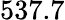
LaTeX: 537.7